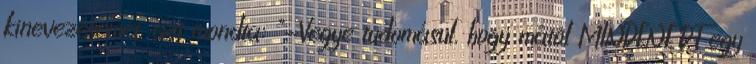
kinevezésemet, azt mondta: "-Vegye tudomásul, hogy mától MINDENÉRT egy